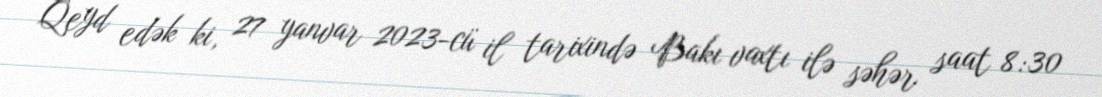
Qeyd edək ki, 27 yanvar 2023-cü il tarixində Bakı vaxtı ilə səhər saat 8:30